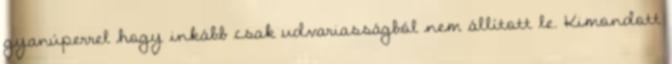
gyanúperrel hogy inkább csak udvariasságból nem állított le. Kimondott